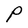
Character: P